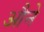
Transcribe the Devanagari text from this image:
औने